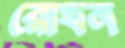
রোধন